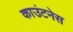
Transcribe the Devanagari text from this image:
काउंटनेस